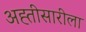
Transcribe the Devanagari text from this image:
अह्तीसारीला